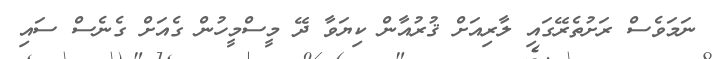
ނަމަވެސް ރަށުތެރޭގައި ލާރިއަށް ޤުރުއާން ކިޔަވާ ދޭ މީސްމީހުން ގެއަށް ގެނެސް ސައި